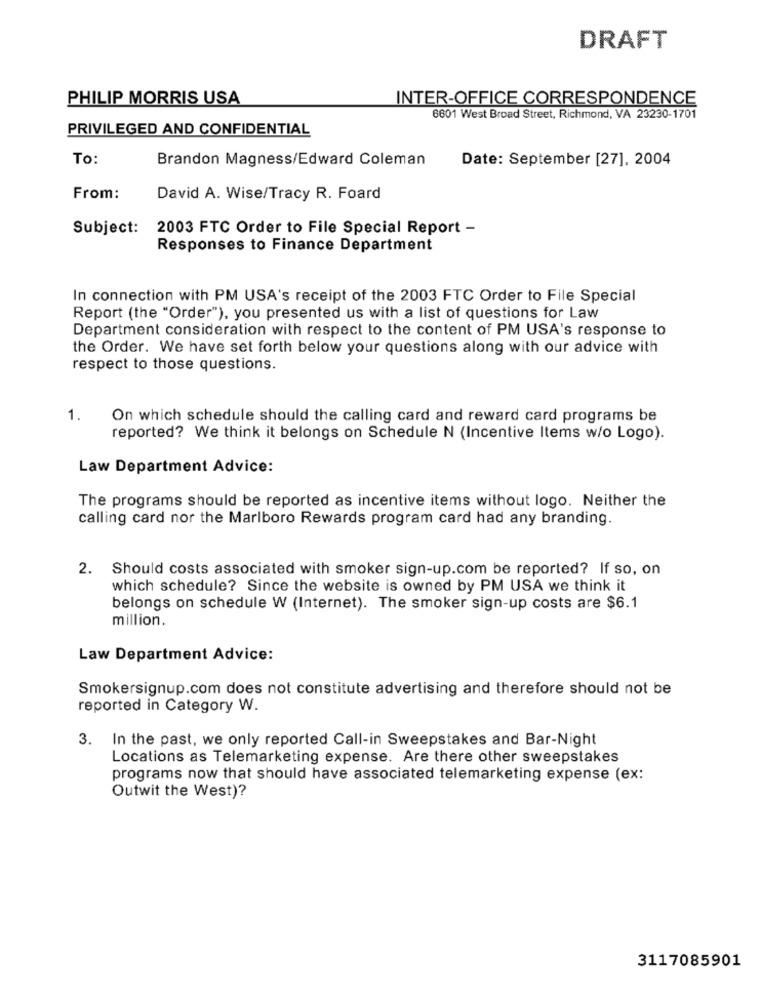
DRAFT
PHILIP MORRIS USA
INTER-OFFICE CORRESPONDENCE
8601 West Broad Street, Richmond, VA 23230-1701
PRIVILEGED AND CONFIDENTIAL
To:
Brandon Magness/Edward Coleman
Date: September [27], 2004
From:
David A. Wise/Tracy R. Foard
Subject: 2003 FTC Order to File Special Report -
Responses to Finance Department
In connection with PM USA's receipt of the 2003 FTC Order to File Special
Report (the "Order"), you presented us with a list of questions for Law
Department consideration with respect to the content of PM USA's response to
the Order. We have set forth below your questions along with our advice with
respect to those questions.
1.
On which schedule should the calling card and reward card programs be
reported? We think it belongs on Schedule N (Incentive Items w/o Logo).
Law Department Advice:
The programs should be reported as incentive items without logo. Neither the
calling card nor the Marlboro Rewards program card had any branding.
2. Should costs associated with smoker sign-up.com be reported? If so, on
which schedule? Since the website is owned by PM USA we think it
belongs on schedule W (Internet). The smoker sign-up costs are $6.1
million.
Law Department Advice:
Smokersignup.com does not constitute advertising and therefore should not be
reported in Category W.
3. In the past, we only reported Call-in Sweepstakes and Bar-Night
Locations as Telemarketing expense. Are there other sweepstakes
programs now that should have associated telemarketing expense (ex:
Outwit the West)?
3117085901